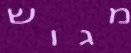
מגוש